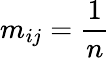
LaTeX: m_{ij}=\frac{1}{n}